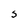
Character: S